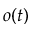
o ( t )